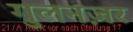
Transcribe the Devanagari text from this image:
गुलनज़र